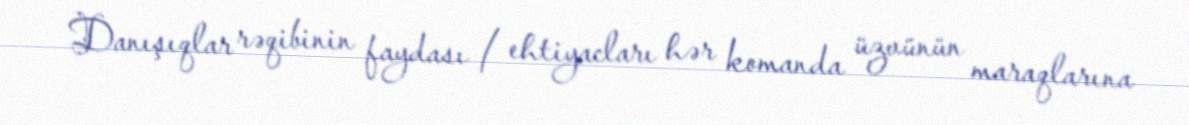
Danışıqlar rəqibinin faydası / ehtiyacları hər komanda üzvünün maraqlarına